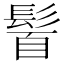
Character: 𩭈